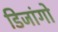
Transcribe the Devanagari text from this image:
डिजांगो